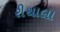
રીથાલા